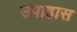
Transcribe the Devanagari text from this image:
उपाहास